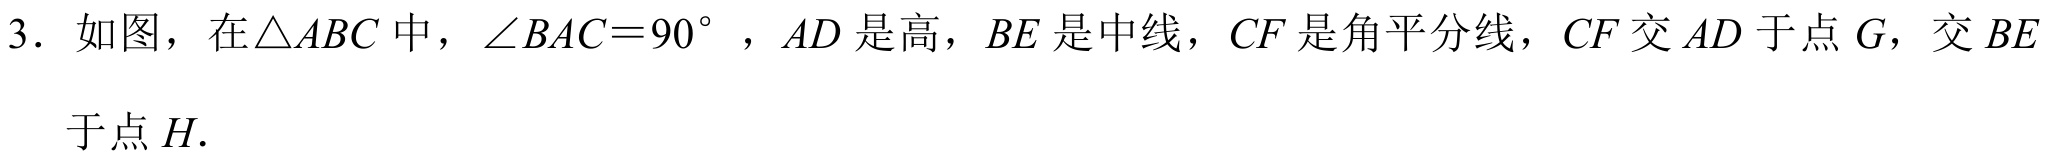
3. 如图，在\(\triangle ABC\)中，\(\angle BAC = 90^{\circ}\) ，\(AD\) 是高，\(BE\) 是中线，\(CF\) 是角平分线，\(CF\) 交 \(AD\) 于点 \(G\)，交 \(BE\)于点 \(H\).